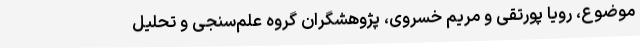
موضوع، رویا پورتقی و مریم خسروی، پژوهشگران گروه علم‌سنجی و تحلیل